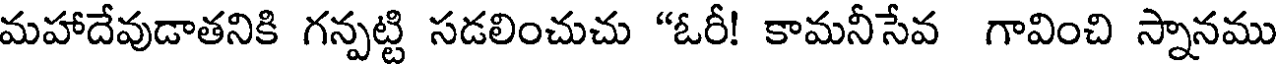
మహాదేవుడాతనికి గన్పట్టి సడలించుచు "ఓరీ! కామనీసేవ గావించి స్నానము